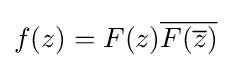
f(z)=F(z){\overline {F({\overline {z}})}}